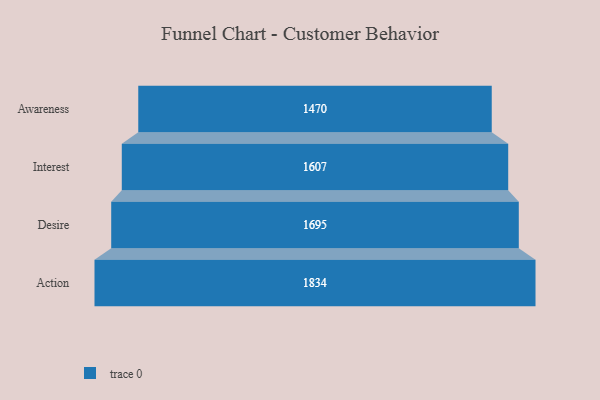
{"axis": {"x": "Stage", "y": "Value"}, "legend": [""], "data": [{"x": "Awareness", "y": 1470.0, "type": ""}, {"x": "Interest", "y": 1607.0, "type": ""}, {"x": "Desire", "y": 1695.0, "type": ""}, {"x": "Action", "y": 1834.0, "type": ""}]}